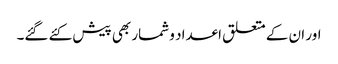
اور ان کے متعلق اعداد و شمار بھی پیش کئے گئے۔